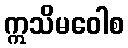
ဣသိမဝေါစ